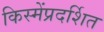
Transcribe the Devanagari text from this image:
किस्मेंप्रदर्शित